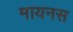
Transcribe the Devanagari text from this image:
मायनस